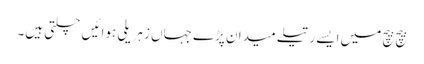
بیچ بیچ میں ایسے رتیلے میدان پڑے جہاں زہریلی ہوائیں چلتی ہیں۔